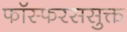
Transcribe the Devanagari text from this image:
फॉस्फरससुक्त